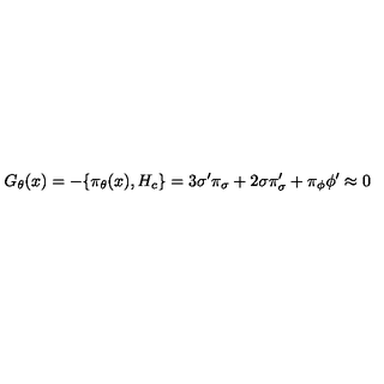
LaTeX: G _ { \theta } ( x ) = - \{ { \pi } _ { \theta } ( x ) , H _ { c } \} = 3 { \sigma } ^ { \prime } { \pi } _ { \sigma } + 2 \sigma { \pi } _ { \sigma } ^ { \prime } + { \pi } _ { \phi } { \phi } ^ { \prime } \approx 0